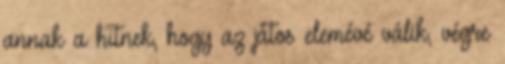
annak a hitnek, hogy az játos elemévé válik, végre